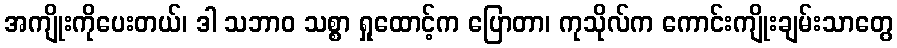
အကျိုးကိုပေးတယ်၊ ဒါ သဘာဝ သစ္စာ ရှုထောင့်က ပြောတာ၊ ကုသိုလ်က ကောင်းကျိုးချမ်းသာတွေ